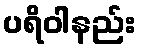
ပရိဝါနည်း